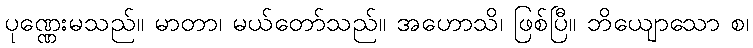
ပုဏ္ဏေးမသည်။ မာတာ၊ မယ်တော်သည်။ အဟောသိ၊ ဖြစ်ပြီ။ ဘိယျောသော စ၊